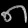
Digit: ၈